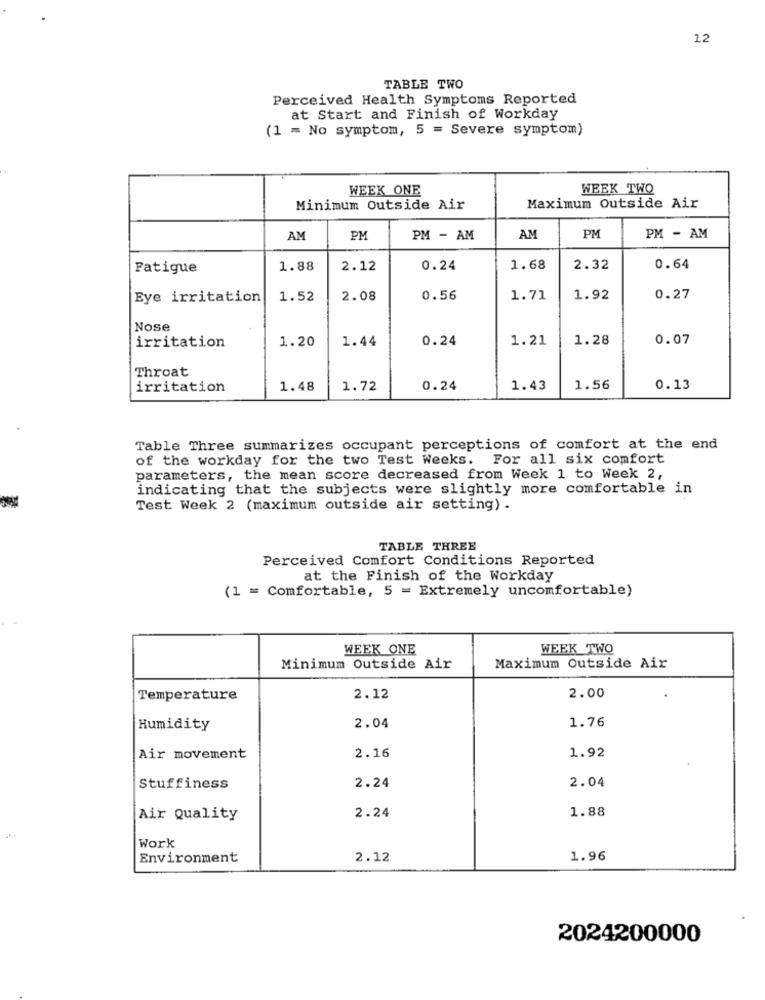
12
TABLE TWO
Perceived Health Symptoms Reported
at Start and Finish of Workday
(1 = No symptom, 5 = Severe symptom)
WEEK ONE
WEEK TWO
Minimum Outside Air
Maximum Outside Air
AM
PM
PM - AM
AM
PM
PM - AM
Fatigue
1.88
2.12
0.24
1.68
2.32
0.64
Eye irritation
1.52
2.08
0.56
1.71
1.92
0.27
Nose
irritation
1.20
1.44
0.24
1.21
1.28
0.07
Throat
irritation
1.48
1.72
0.24
1.43
1.56
0.13
Table Three summarizes occupant perceptions of comfort at the end
of the workday for the two Test Weeks. For all six comfort
parameters, the mean score decreased from Week 1 to Week 2,
indicating that the subjects were slightly more comfortable in
Test Week 2 (maximum outside air setting) .
TABLE THREE
Perceived Comfort Conditions Reported
at the Finish of the Workday
(1 = Comfortable, 5 = Extremely uncomfortable)
WEEK ONE
WEEK TWO
Minimum Outside Air
Maximum Outside Air
2.00
Temperature
2.12
1.76
Humidity
2.04
1.92
Air movement
2.16
2.04
Stuffiness
2.24
1.88
Air Quality
2.24
Work
Environment
2.12
1.96
2024200000